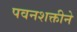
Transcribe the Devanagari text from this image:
पवनशक्तीने